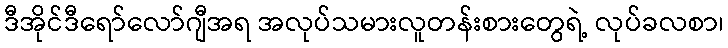
ဒီအိုင်ဒီရော်လော်ဂျီအရ အလုပ်သမားလူတန်းစားတွေရဲ့ လုပ်ခလစာ၊